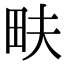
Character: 畉